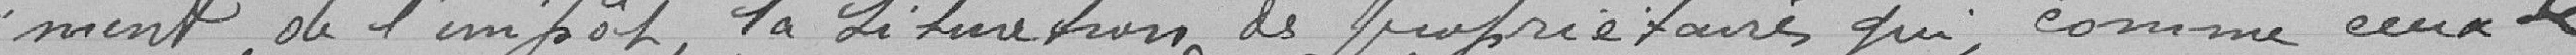
ment de l'impôt, la situation des propriétaires qui, comme ceux de